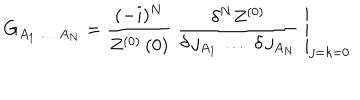
G _ { A _ { 1 } \, \dots \; A _ { N } } = \left. \frac { ( - i ) ^ { N } } { Z ^ { ( 0 ) } \, ( 0 ) } \; \frac { \delta ^ { N } Z ^ { ( 0 ) } } { \delta \, j _ { A _ { 1 } } \, \dots \; \delta \, j _ { A _ { N } } } \; \right| _ { j = k = 0 }